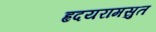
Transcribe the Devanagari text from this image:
ह्रुदयरामसुत